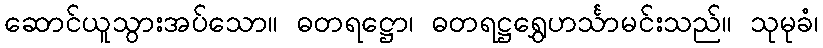
ဆောင်ယူသွားအပ်သော။ ဓတရဋ္ဌော၊ ဓတရဋ္ဌရွှေဟင်္သာမင်းသည်။ သုမုခံ၊